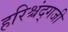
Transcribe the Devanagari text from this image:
हरिश्चंद्गजी